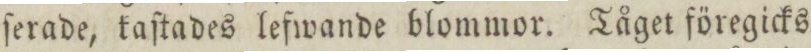
ſerade, kaſtades lefwande blommor. Tåget föregicks